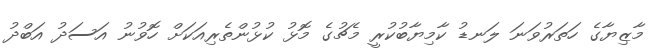
މާޒިޔާގެ ހަތަރުވަނަ ލަނޑު ކާމިޔާބުކުރީ މެޗުގެ މޮޅު ކުޅުންތެރިއަކަށް ހޮވުނު އަސަދު އަބްދު